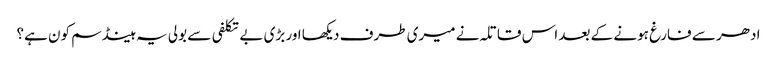
ادھر سے فارغ ہونے کے بعد اس قاتلہ نے میری طرف دیکھا اور بڑی بے تکلفی سے بولی یہ ہینڈ سم کون ہے؟